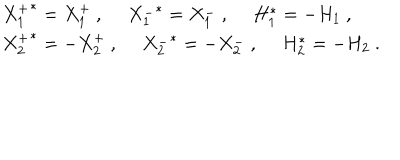
LaTeX: \begin{array} { l } { { \left. X _ { 1 } ^ { + } \right. ^ { * } = X _ { 1 } ^ { + } ~ , ~ ~ \left. X _ { 1 } ^ { - } \right. ^ { * } = X _ { 1 } ^ { - } ~ , ~ ~ H _ { 1 } ^ { * } = - H _ { 1 } ~ , } } \\ { { \left. X _ { 2 } ^ { + } \right. ^ { * } = - X _ { 2 } ^ { + } ~ , ~ ~ \left. X _ { 2 } ^ { - } \right. ^ { * } = - X _ { 2 } ^ { - } ~ , ~ ~ H _ { 2 } ^ { * } = - H _ { 2 } ~ . } } \\ \end{array}